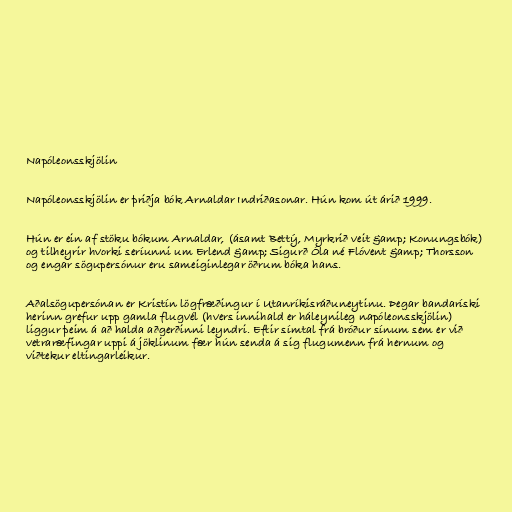
Napóleonsskjölin

Napóleonsskjölin er þriðja bók Arnaldar Indriðasonar. Hún kom út árið 1999.

Hún er ein af stöku bókum Arnaldar, (ásamt Bettý, Myrkrið veit &amp; Konungsbók)
og tilheyrir hvorki seríunni um Erlend &amp; Sigurð Óla né Flóvent &amp; Thorsson
og engar sögupersónur eru sameiginlegar öðrum bóka hans.

Aðalsögupersónan er Kristín lögfræðingur í Utanríkisráðuneytinu. Þegar bandaríski
herinn grefur upp gamla flugvél (hvers innihald er háleynileg napóleonsskjölin)
liggur þeim á að halda aðgerðinni leyndri. Eftir símtal frá bróður sínum sem er við
vetraræfingar uppi á jöklinum fær hún senda á sig flugumenn frá hernum og
viðtekur eltingarleikur.